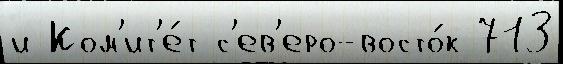
и Ком'ит'е́т с'ев'еро-восто́к 713